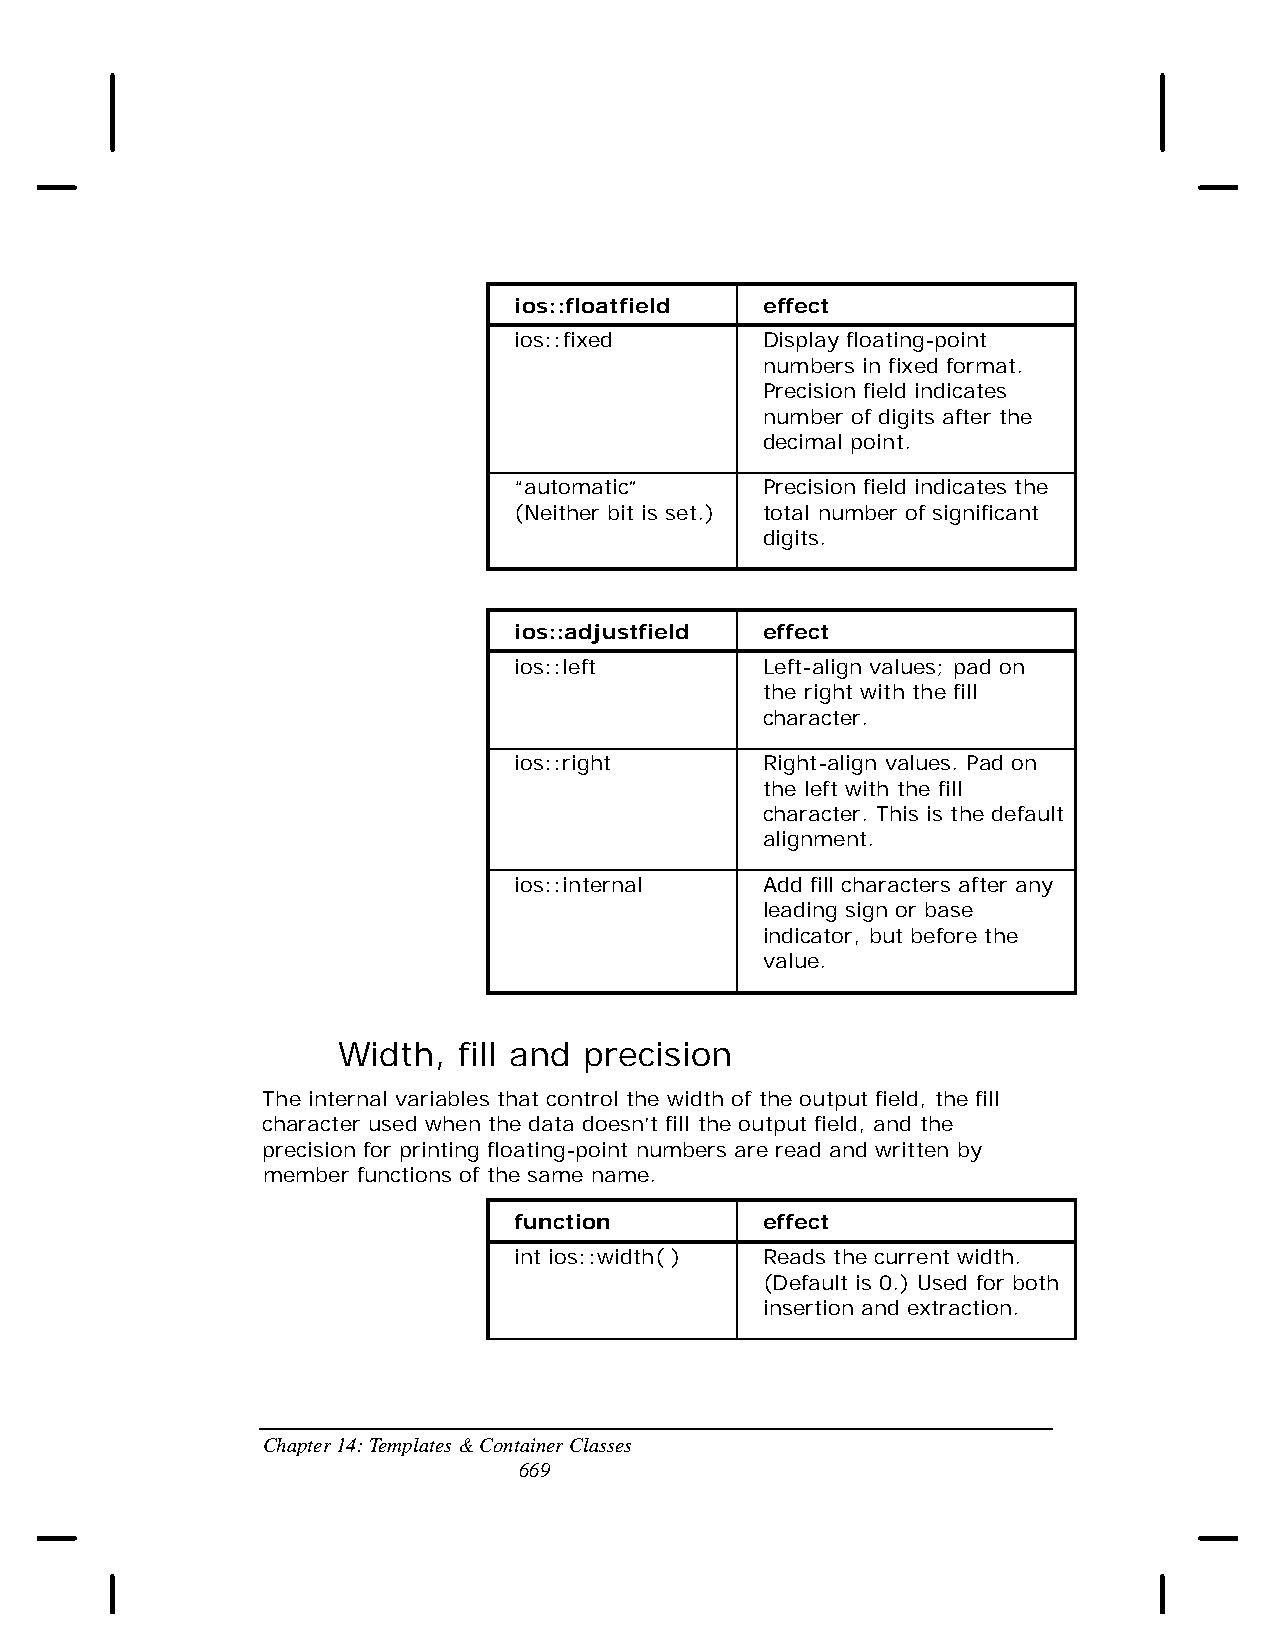
ios::floatfield  effect
 ios::fixed       Display floating-point
 numbers in fixed format.
 Precision field indicates
 number of digits after the
 decimal point.
 “automatic”      Precision field indicates the
 (Neither bit is set.) total number of significant
 digits.
 ios::adjustfield effect
 ios::left        Left-align values; pad on
 the right with the fill
 character.
 ios::right       Right-align values. Pad on
 the left with the fill
 character. This is the default
 alignment.
 ios::internal    Add fill characters after any
 leading sign or base
 indicator, but before the
 value.
 Width,  fill and precision
 The internal variables that control the width of the output field, the fill
 character used when the data doesn’t fill the output field, and the
 precision for printing floating-point numbers are read and written by
 member functions of the same name.
 function         effect
 int ios::width( ) Reads the current width.
 (Default is 0.) Used for both
 insertion and extraction.
 Chapter 14: Templates & Container Classes
 669